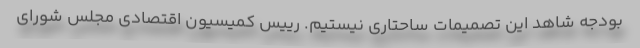
بودجه شاهد این تصمیمات ساحتاری نیستیم. رییس کمیسیون اقتصادی مجلس شورای